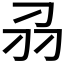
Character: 𭃊